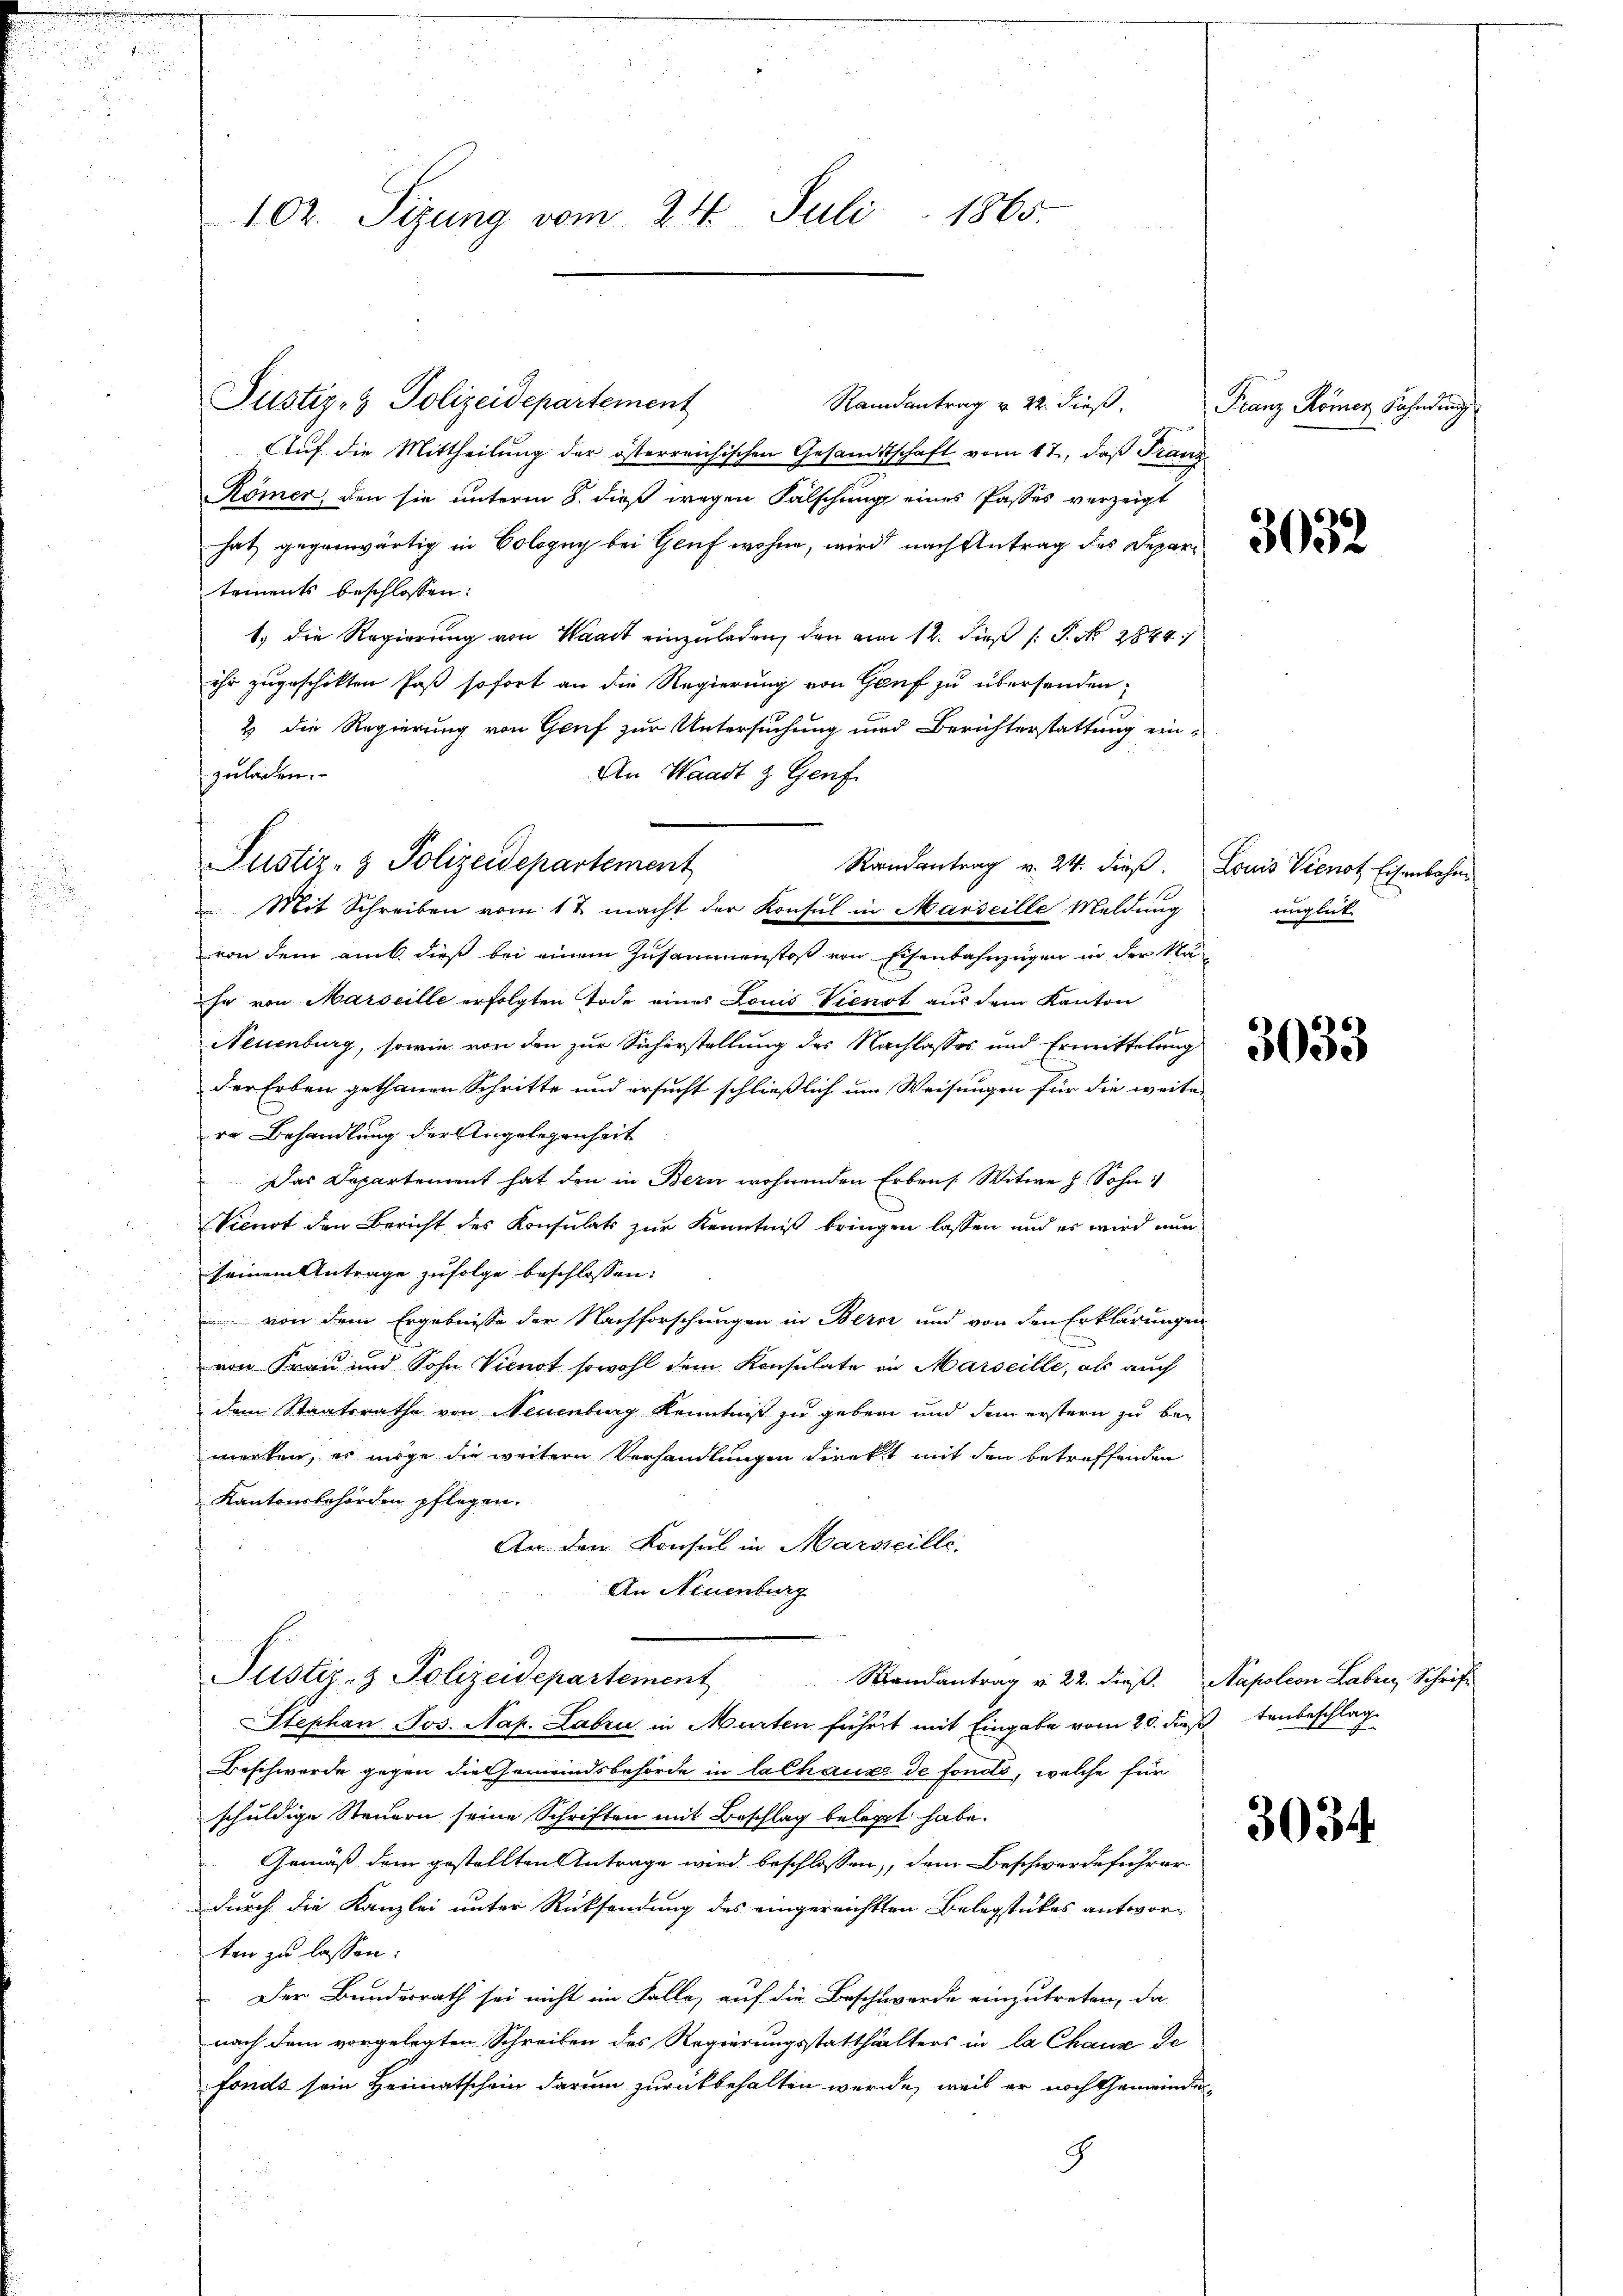
.
u

102. Sizung vom 24. Juli 1865.
¬

Justiz- & Polizeidepartement

Randantrag v. 22. dieß,
Auf die Mittheilung der österreichischen Gesandtschaft vom 17., daß Franz
Römer, den sie unterm 8. dieß wegen Fälschung eines Passes verzeigt
satz gegenwärtig in Cologuy bei Genf wohne, wird nach Antrag des Departements beschlossen:
1.) Die Regierung von Waadt einzuladen, den am 12. dieß P. Nr. 2844.
ihr zugeschikten Paß sofort an die Regierung von Gauf zu übersenden;
2 die Regierung von Gruf zur Untersuchung und Berichterstattung ein¬
An Waadt & Genf
zuladen.
Randantrag v. 24. dieß. Louis Vienot Eisenbahn
von dem amt dieß bei einem Zusammenstoß von Eisenbahnzügen in der Nä
hr von Marseille erfolgten Tode eines Louis Vienst aus dem Kanton
Neuenburg, sowie von den zur Sicherstellung des Nachlasses und Ermittelung
der Erben gethanen Schritte und ersucht schließlich um Weisungen für die weiter
re Behandlung der Angelegenheit
Das Departement hat den in Bern wohnenden Erbens. Witwe h Sohn
Vienot den Bericht des Konsulats zur Kenntniß bringen lassen und es wird nun
seinem Antrage zufolge beschlossen:
von dem Ergebnisse der Nachforschungen in Bern und von den Erklärungen
von Frau und Sohn Vienst sowohl dem Konsulate an Marseille, als auch
dem Staatsrathe von Neuenburg Kenntniß zu geben und dem erstern zu bemerken, es möge die weitere Verhandlungen direkt mit den betreffenden
Kantonsbehörden pflegen.
An den Konsul in Marseille.
An Neuenburg
Justiz- & Polizeidepartement Randantrag v. 22. dieβ.  Napoleon Laben Schrift
SStephan Jos. Nap. Labrić in Murten führet mit Eingabe vom 20. dießenbeschlag
Beschwerde gegen die Gemeindsbehörde in lalhause de fondo, welche für
schuldige Steuern seine Schriften mit Beschlag belegt habe.
Gemäß dem gestellten Antrage wird beschlossen, dem Beschwerdeführer
durch die Kanzlei unter Rücksendung des eingereichtten Belegstückes antworten zu lassen:
Der Bundesrath sei nicht im Falle, auf die Beschwerde einzutreten, da
nach dem vorgelegten Schreiben des Regierungsstatthalters in la Chaux de
fonds sein Heimatschein darum zurückbehalten werde, weil er noch Gemeinder¬
8

Justiz- & Polizeidepartement
 Mit Schreiben vom 12 macht der Konsul in Marseille Meldung

Franz Römer Fahndung

unglück.

3032

3034.